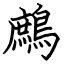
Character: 鷓